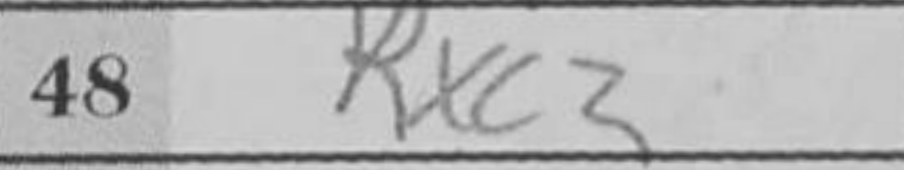
Transcription: Rxc2